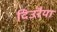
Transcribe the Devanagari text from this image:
दिउरैया